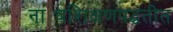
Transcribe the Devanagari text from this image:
नाट्यशिक्षणपद्धतीत